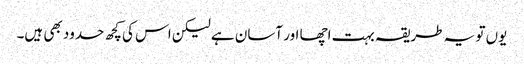
یوں تو یہ طریقہ بہت اچھا اور آسان ہے لیکن اس کی کچھ حدود بھی ہیں۔